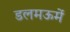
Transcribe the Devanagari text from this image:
डलमऊमें